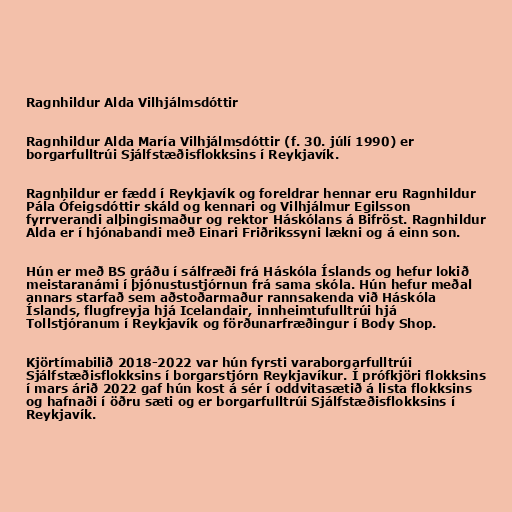
Ragnhildur Alda Vilhjálmsdóttir

Ragnhildur Alda María Vilhjálmsdóttir (f. 30. júlí 1990) er
borgarfulltrúi Sjálfstæðisflokksins í Reykjavík.

Ragnhildur er fædd í Reykjavík og foreldrar hennar eru Ragnhildur
Pála Ófeigsdóttir skáld og kennari og Vilhjálmur Egilsson
fyrrverandi alþingismaður og rektor Háskólans á Bifröst. Ragnhildur
Alda er í hjónabandi með Einari Friðrikssyni lækni og á einn son.

Hún er með BS gráðu í sálfræði frá Háskóla Íslands og hefur lokið
meistaranámi í þjónustustjórnun frá sama skóla. Hún hefur meðal
annars starfað sem aðstoðarmaður rannsakenda við Háskóla
Íslands, flugfreyja hjá Icelandair, innheimtufulltrúi hjá
Tollstjóranum í Reykjavík og förðunarfræðingur í Body Shop.

Kjörtímabilið 2018-2022 var hún fyrsti varaborgarfulltrúi
Sjálfstæðisflokksins í borgarstjórn Reykjavíkur. Í prófkjöri flokksins
í mars árið 2022 gaf hún kost á sér í oddvitasætið á lista flokksins
og hafnaði í öðru sæti og er borgarfulltrúi Sjálfstæðisflokksins í
Reykjavík.